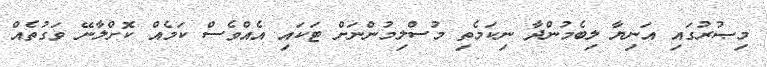
މިޞުރުގައި އަނިޔާ ލިބެމުންދާ ނިކަމެތި މުސްލިމުންނަށް ޓަކައި އެއްވެސް ކަމެއް ކޮށްލާނޭ ވަގުތެއް